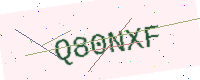
Text: Q80NXF